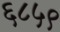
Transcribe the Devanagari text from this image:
६८५९